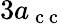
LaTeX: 3a_{\mathrm{~c~c~}}